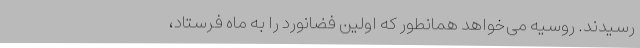
رسیدند. روسیه می‌خواهد همانطور که اولین فضانورد را به ماه فرستاد،